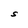
Character: S